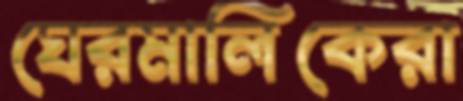
ঘেরমালিকেরা